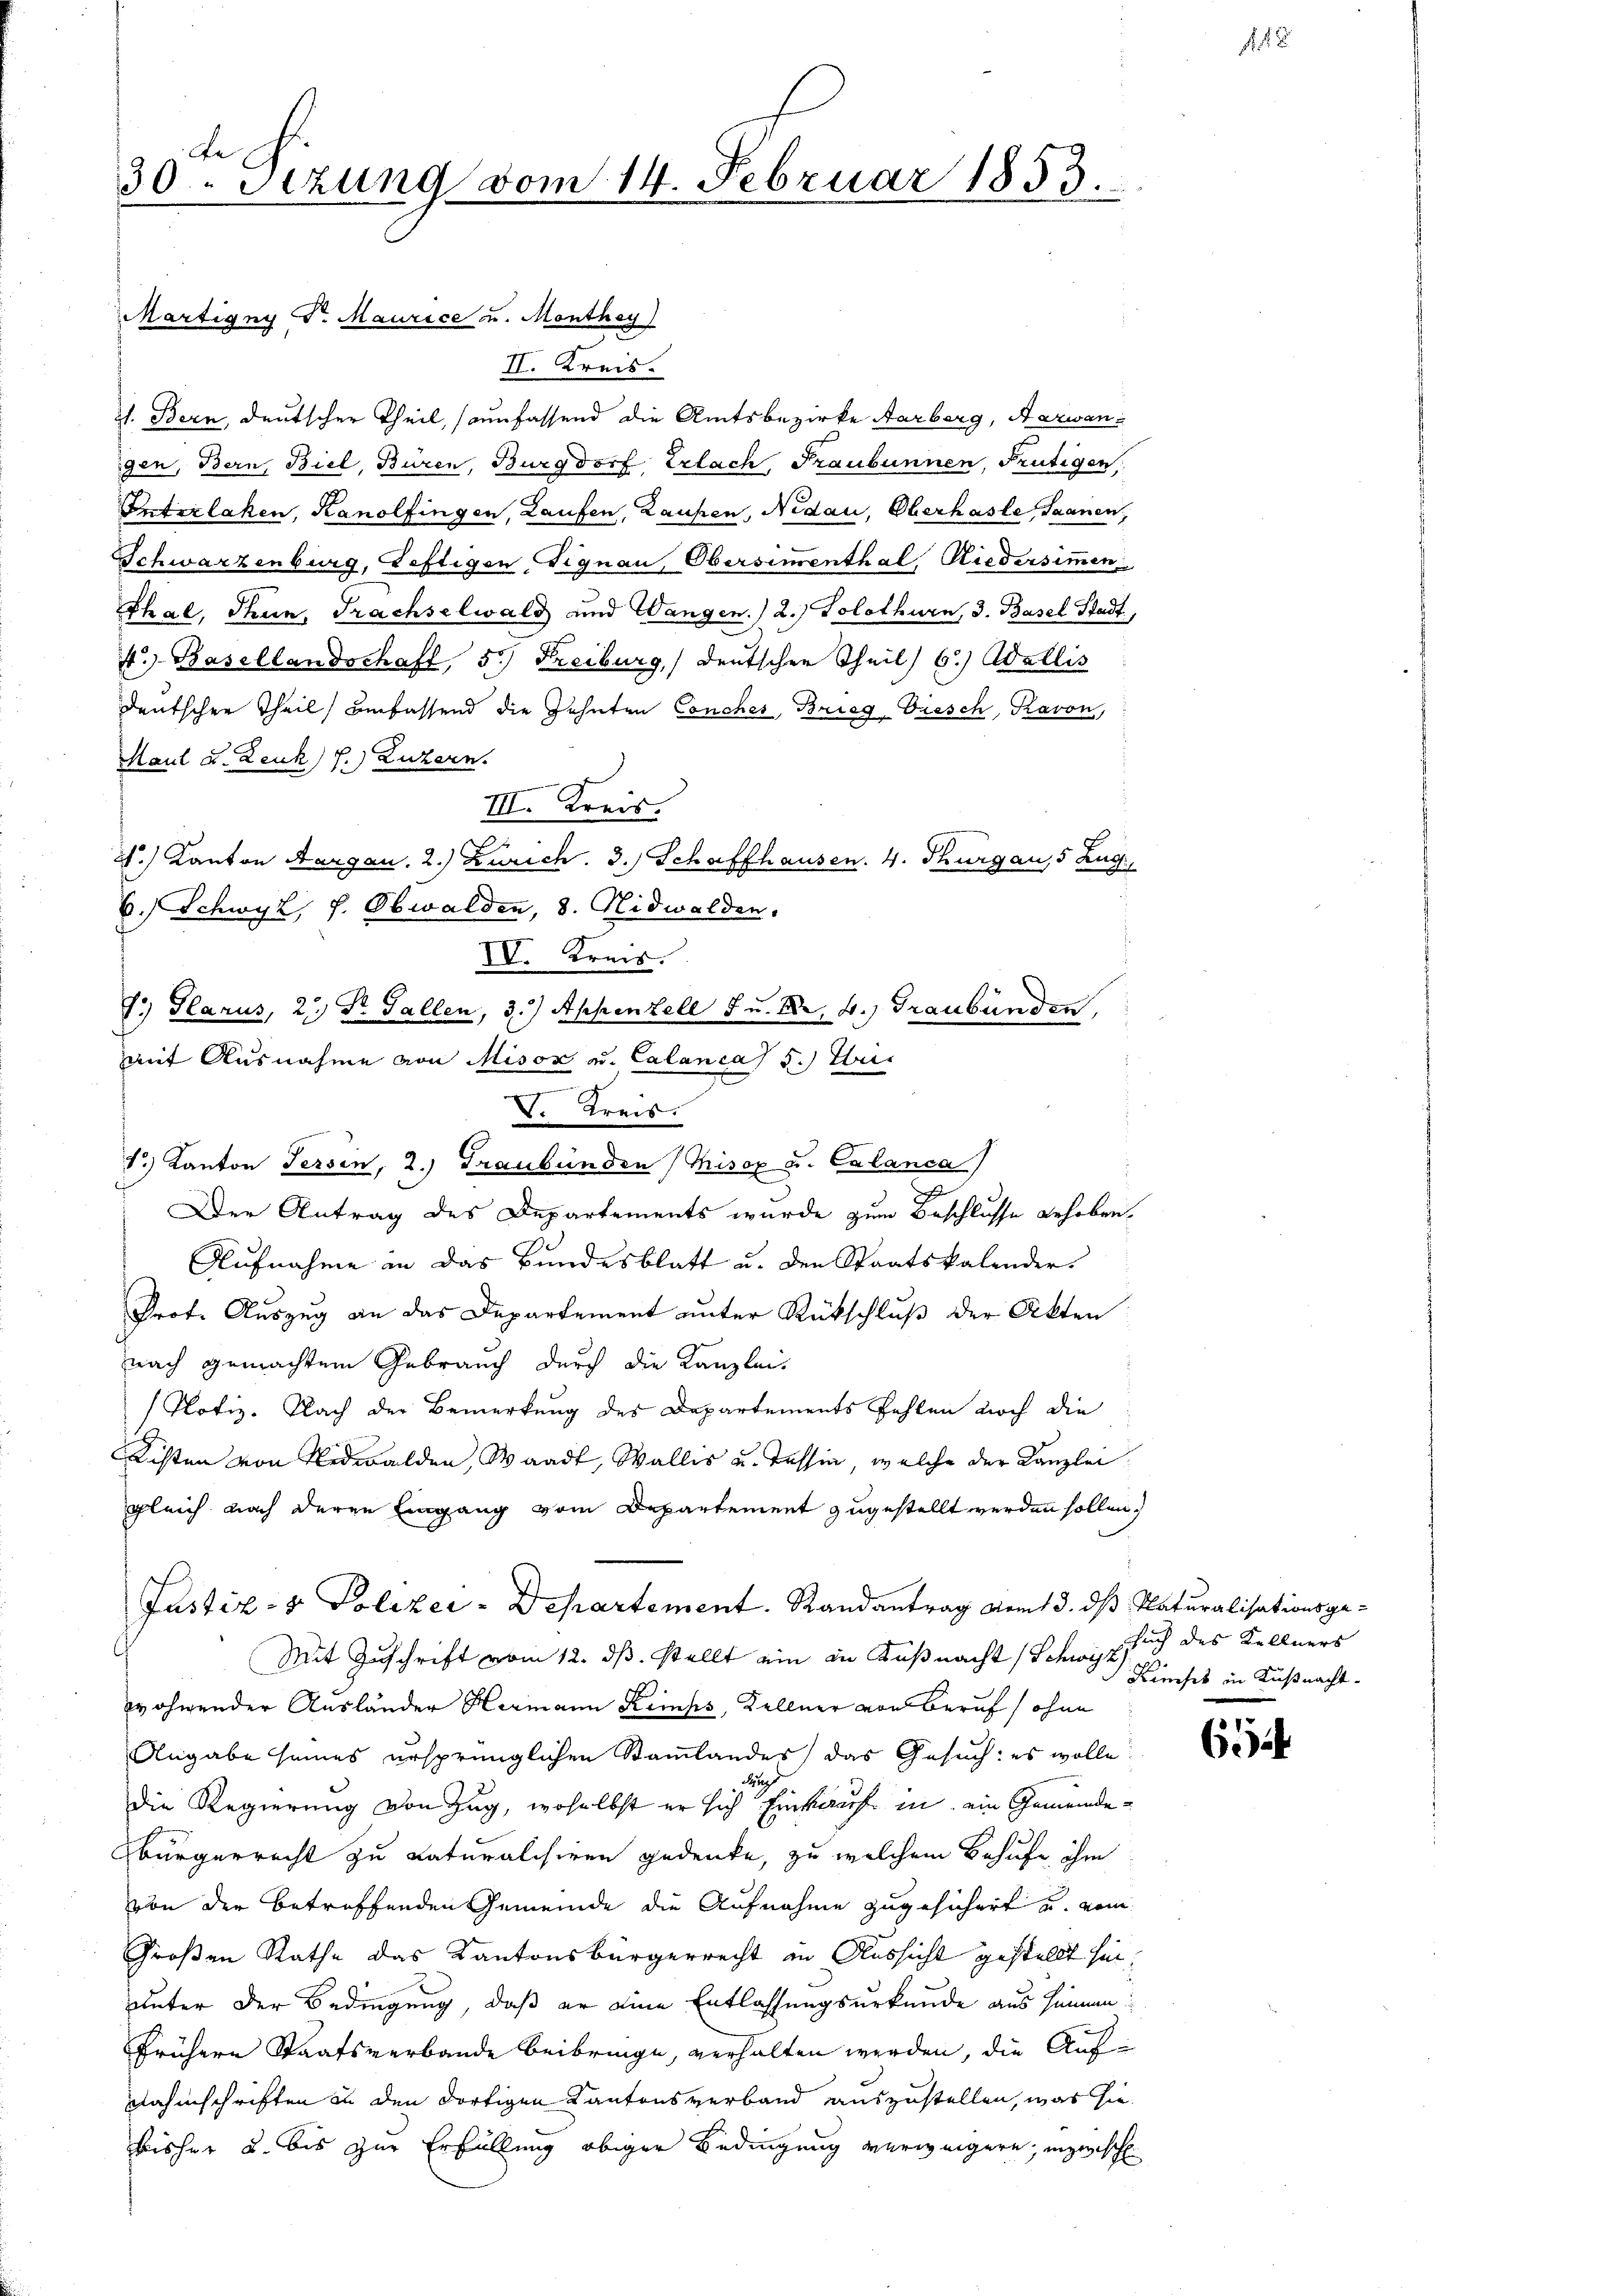
30. Sitzung vom 14. Februar 1853.

Märtigny v. Maurice u. Monthey

II. Kreis.
1. Bern, deutscher Theil, (umfassend die Amtsbezirke Aarberg, Aarwangen, Bern, Biel, Büren, Burgdorf Erlach, Fraubunnen, Frutigen,
Interlaken, Kanolfingen, Laufen, Laufen, Nidau, Oberhasle, Saanen,
Schwarzenburg, Teftigen Signau, Obersimmenthal, Niedersimmen
Thal, Thun, Trachselwald und Wangen.) 2.) Solothurn, 3. Basel Stadt,
4.) Basellandschaft, 5.) Freiburg, deutschen Theil 6.) Wallis
deutschen Theil einfassend die Zehnten Conches, Brieg-Diesch, Ravon,
Maul u. Leuk 7.) Luzern.
III. Kreis.
.) Kanton Aargau. 2.) Zürich. 3.) Schaffhausen. 4. Thurgau, 5 Zug
1
B. Schwyz, h. Obwalden, 8. Nidwalden.
IV. Kreis.
J.) Glarus, 2.) Dr. Gallen, 3.) Appenzell u. Nr. 4.) Graubünden,
mit Ausnahme von Misox u. Calanca 5.) Weis
F. Kreis.
1) Kanton Fersen, 2. Graubünden Misox u. Calanca
d
Der Antrag des Departements wurde zum Beschlusse gehoben.
Aufnahme in das Bundesblatt u. den Staatskalender
Prot. Auszug an das Departement unter Rückschluß der Akten
nach gemachtem Gebrauch durch die Kanzlei-
Notiz. Nach der Bemerkung des Departements fehlen noch die
Kisten von Nidwalden, Waadt, Wallis u. Tessin, welche der Kanzlei
gleich nach deren Eingang vom Departement zugestellt werden sollen,
Justiz- & Polizei - Departement. Randantrag vom 13. ds Naturalisationsge¬
Mit Zuschrift vom 12. ds. stellt ein in Küßnacht (Schwyz ich des Kellners
wohnender Ausländer Hermann Kemps, Kellner von Beruf ohne
Angabe seines ursprünglichen Stammlandes) das Gesuch: es wolle
ug
die Regierung von Zug, woselbst er sich Einkauf in ein Gemeindebürgerrecht zu naturalisiren gedenke, zu welchem Behufe ihm
von der betreffenden Gemeinde die Aufnahme zugesichert u. vom
Großen Rathe das Kantonsbürgerrecht in Aussicht gestellt sei.
uunter der Bedingung, daß er eine Entlassungsurkunde aus sinnenfrühere Staatsverbande beibringe, verhalten werden, die Aufnahmschriften in den dortigen Kantonsverband auszustellen, was sie
bisher u. bis zur Erfüllung obiger Bedingung verweigern, inzwisch

Kiefes in Küßnacht.

654